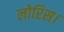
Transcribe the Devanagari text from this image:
लोरिस।